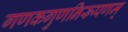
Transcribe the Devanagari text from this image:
गणकगुणनिरूपणम्